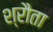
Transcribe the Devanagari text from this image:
श्रौता